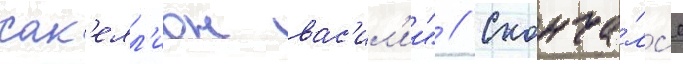
сак'елл'ион вас'ил'ии" // Сконча́лс'я